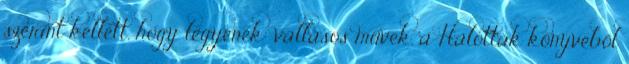
szerint kellett, hogy legyenek: vallásos művek, a Halottak könyvéből